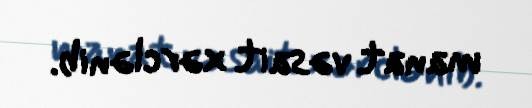
manat vəsait xərclənib.